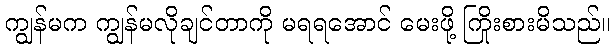
ကျွန်မက ကျွန်မလိုချင်တာကို မရရအောင် မေးဖို့ ကြိုးစားမိသည်။